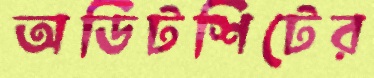
অডিটশিটের